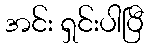
အင်း ရှင်းပါပြီ